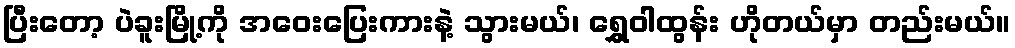
ပြီးတော့ ပဲခူးမြို့ကို အဝေးပြေးကားနဲ့ သွားမယ်၊ ရွှေဝါထွန်း ဟိုတယ်မှာ တည်းမယ်။